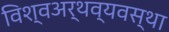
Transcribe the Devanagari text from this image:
विश्वअर्थव्यवस्था